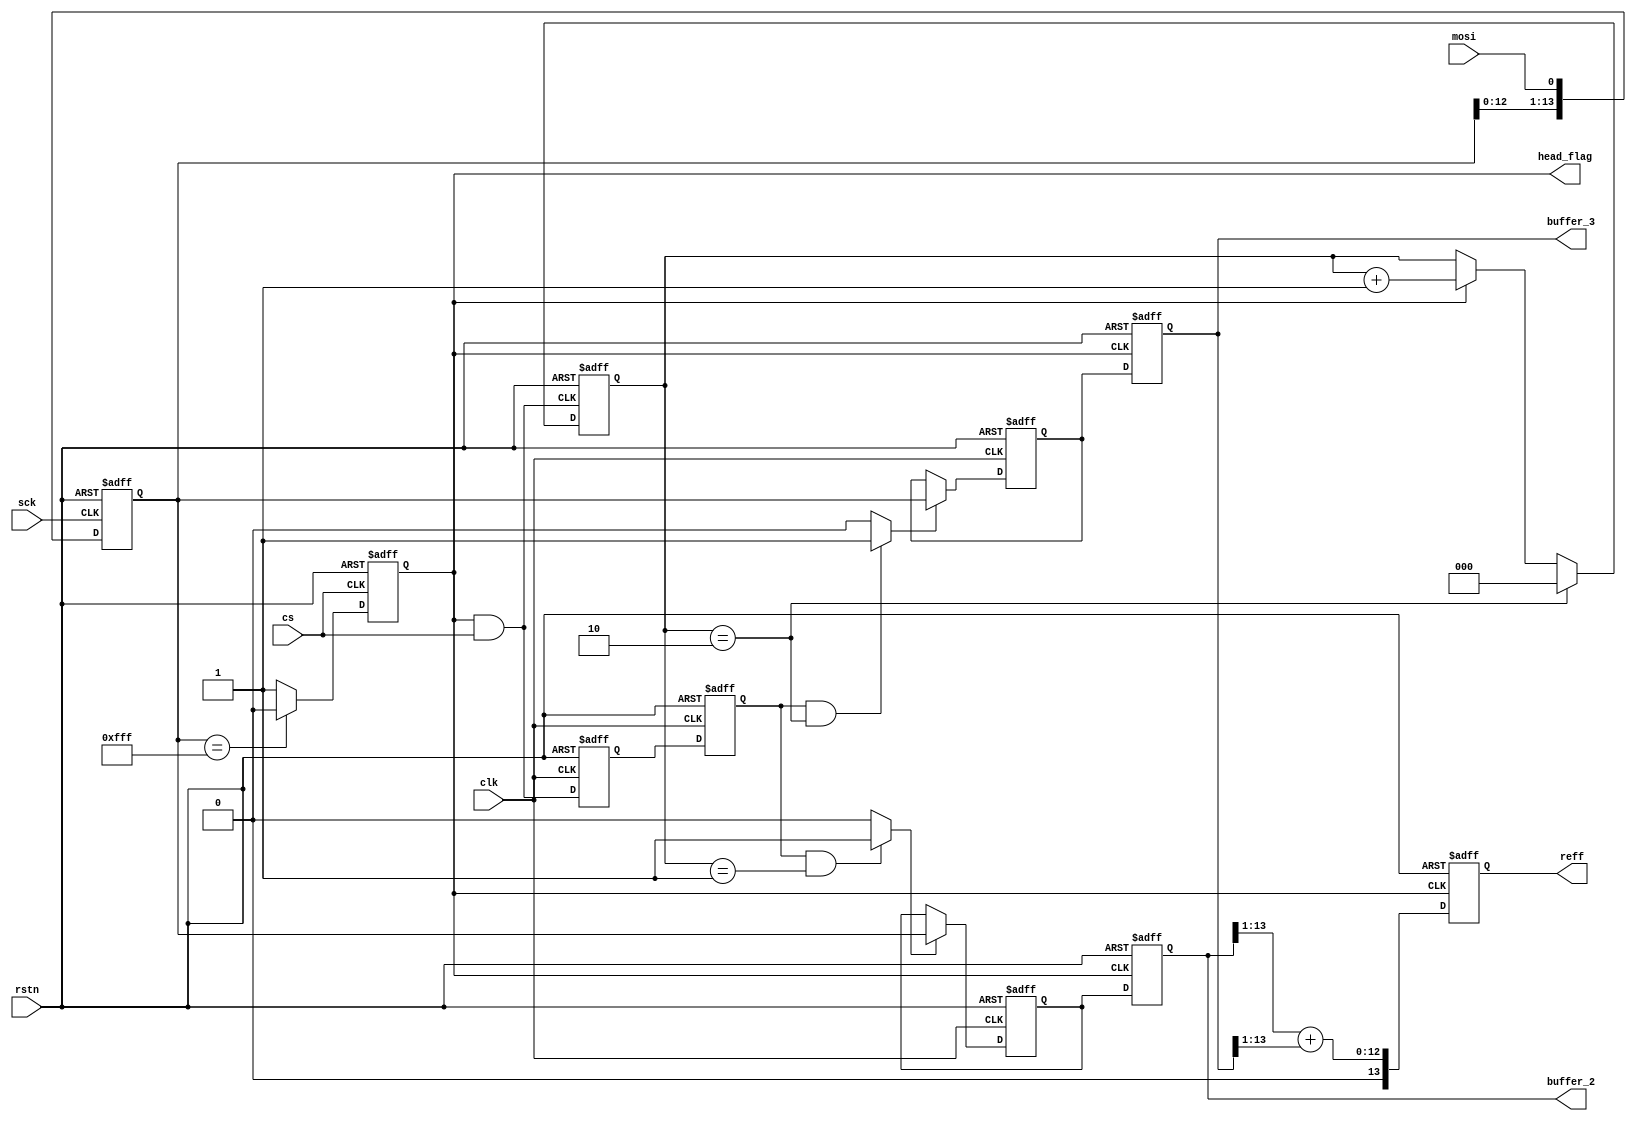
`timescale 1ns/1ps
module s2p (mosi, sck, cs, rstn, clk, buffer_2, buffer_3, reff, head_flag);
input mosi, sck, cs, rstn, clk;
output reg [13:0] buffer_2, buffer_3;
output reg[13:0] reff;
output reg head_flag;
reg [13:0]ad_tmp,ad_1,ad_2;
reg [2:0] counter;
wire counter_1, counter_2,valid;   
       
                    
 always@ (posedge sck or negedge rstn)
    begin
    if (rstn == 1'b0)
        ad_tmp <= #2 14'd0;
    else
        ad_tmp[13:0] <= #2 {ad_tmp[12:0],mosi};
    end

 
  always@ (posedge cs or negedge rstn)
    begin
    if (rstn == 1'b0)
        head_flag <= #2  1'b0;
    else if (ad_tmp[13:0]==14'h0fff)
	    head_flag <= #2  1'b0;
 	else 
        head_flag <= #2  1'b1;
   
	end
assign valid = head_flag & cs;

    always@ (posedge valid or negedge rstn)
    begin
    if (rstn == 1'b0)
        counter <= #2  8'd0;
    else if (counter == 8'd2)
        counter <= #2  8'd0;
    else if (head_flag == 1'b1)
             counter <= #1  counter + 8'd1;
    else counter <= #2  counter;
    end  
reg valid_d,valid_d2;  
always@(posedge clk or negedge rstn)
	begin
		if(rstn== 1'b0)
			valid_d <= #2 1'd0;
		else
			valid_d <= #2 valid;
	end
always@(posedge clk or negedge rstn)
	begin
		if(rstn== 1'b0)
			valid_d2 <= #2 1'd0;
		else
			valid_d2 <= #2 valid_d;
	end


 
assign counter_1 = valid_d2 & (counter == 8'd1) ? 1'b1 : 1'b0;
assign counter_2 = valid_d2 & (counter == 8'd2) ? 1'b1 : 1'b0;  


always@(posedge clk or negedge rstn)
	begin
		if(rstn== 1'b0)
			ad_1 <= #2 14'd0;
		else if(counter_1 == 1'b1)
			ad_1 <= #2 ad_tmp;
		else
			ad_1 <= #2 ad_1;
	end
always@(posedge clk or negedge rstn)
	begin
		if(rstn== 1'b0)
			ad_2 <= #2 14'd0;
		else if(counter_2 == 1'b1)
			ad_2 <= #2 ad_tmp;
		else
			ad_2 <= #2 ad_2;
	end	

always@(negedge head_flag or negedge rstn)
	begin
		if(rstn==1'b0)
		buffer_2 <= #2 14'd0;
		else
		buffer_2 <= #2 ad_1;
	end	
	
always@(negedge head_flag or negedge rstn)
	begin
		if(rstn==1'b0)
		buffer_3 <= #2 14'd0;
		else
		buffer_3 <= #2 ad_2;
	end	
		
always@(negedge head_flag or negedge rstn)
	begin
		if(rstn==1'b0)
		reff <= #2 14'd0;
		else
		reff[13:0] <= #2 {1'b0,(buffer_2[13:1] + buffer_3[13:1])};
	end	
	
	
endmodule